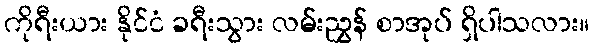
ကိုရီးယား နိုင်ငံ ခရီးသွား လမ်းညွှန် စာအုပ် ရှိပါသလား။